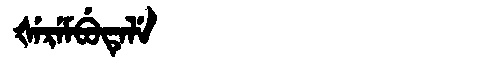
Manchu: ᡧᡝᡵᡝᠮᠪᡠᡨᡝᠯᡝ
Romanization: ŠEREMBUTELE